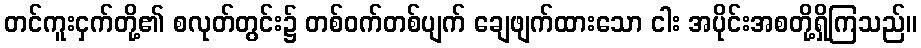
တင်ကူးငှက်တို့၏ စလုတ်တွင်း၌ တစ်ဝက်တစ်ပျက် ချေဖျက်ထားသော ငါး အပိုင်းအစတို့ရှိကြသည်။